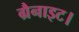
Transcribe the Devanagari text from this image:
ग्रैनाइट।